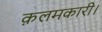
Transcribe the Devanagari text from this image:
क़लमकारी।